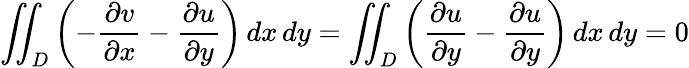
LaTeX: \iint_{D}\left(-{\frac{\partial v}{\partial x}}-{\frac{\partial u}{\partial y}}\right)\, dx\, dy=\iint_{D}\left({\frac{\partial u}{\partial y}}-{\frac{\partial u}{\partial y}}\right)\, dx\, dy=0